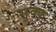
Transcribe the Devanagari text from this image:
सुक्क